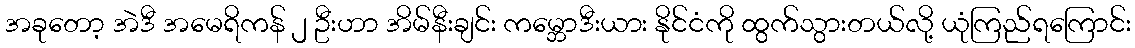
အခုတော့ အဲဒီ အမေရိကန် ၂ ဦးဟာ အိမ်နီးချင်း ကမ္ဘောဒီးယား နိုင်ငံကို ထွက်သွားတယ်လို့ ယုံကြည်ရကြောင်း